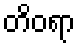
တိဝရာ